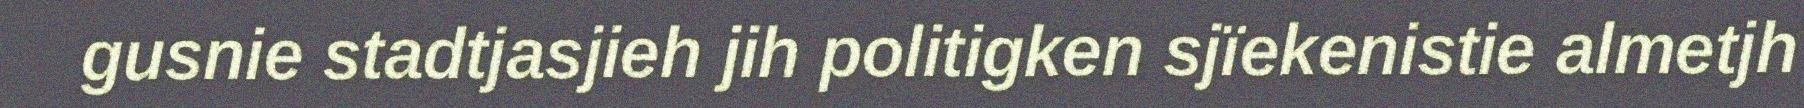
gusnie stadtjasjieh jih politigken sjïekenistie almetjh